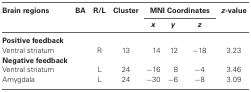
| Brain regions | BA | R/L | Cluster | <COLSPAN=3> MNI Coordinates | z-value |
 |  |  |  |  | x | y | z |  |
 | --- | --- | --- | --- | --- | --- | --- | --- |
 | Positive feedback |  |  |  |  |  |  |  |
 | Ventral striatum |  | R | 13 | 14 | 12 | −18 | 3.23 |
 | Negative feedback |  |  |  |  |  |  |  |
 | Ventral striatum |  | L | 24 | −16 | 8 | −4 | 3.46 |
 | Amygdala |  | L | 24 | −30 | −6 | −8 | 3.09 |